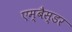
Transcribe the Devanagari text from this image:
एम्बैस्डर